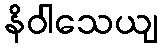
နိဝါသေယျ